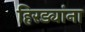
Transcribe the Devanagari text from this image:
हिरड्यांना